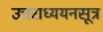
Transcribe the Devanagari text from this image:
उत्तराध्ययनसूत्र